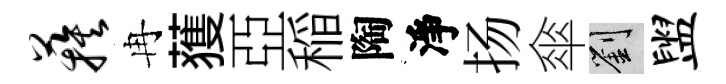
蔟冉𫉬亞稲陶淨扬傘劉盥